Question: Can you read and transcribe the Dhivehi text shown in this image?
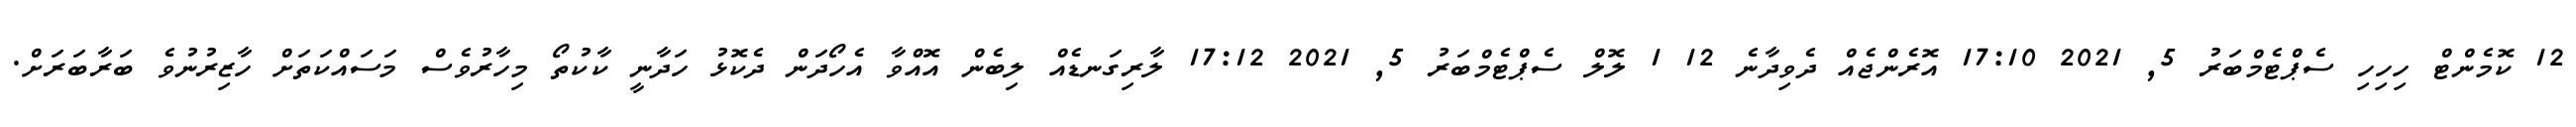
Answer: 12 ކޮމެންޓް ހިހިހި ސެޕްޓެމްބަރު 5, 2021 17:10 އޮރެންޖެއް ދެވިދާނެ 12 1 ލޮލް ސެޕްޓެމްބަރު 5, 2021 17:12 ލާރިގަނޑެއް ލިބެން އޮއްވާ އެހޯދަން ދެކޮޅު ހަދާނީ ކާކުތޯ މިހާރުވެސް މަސައްކަތަށް ހާޒިރުނުވެ ބަރާބަރަށް.